King Institute of Preventive Medicine Micro-Biological Section reports 1912-19
Year: 1912
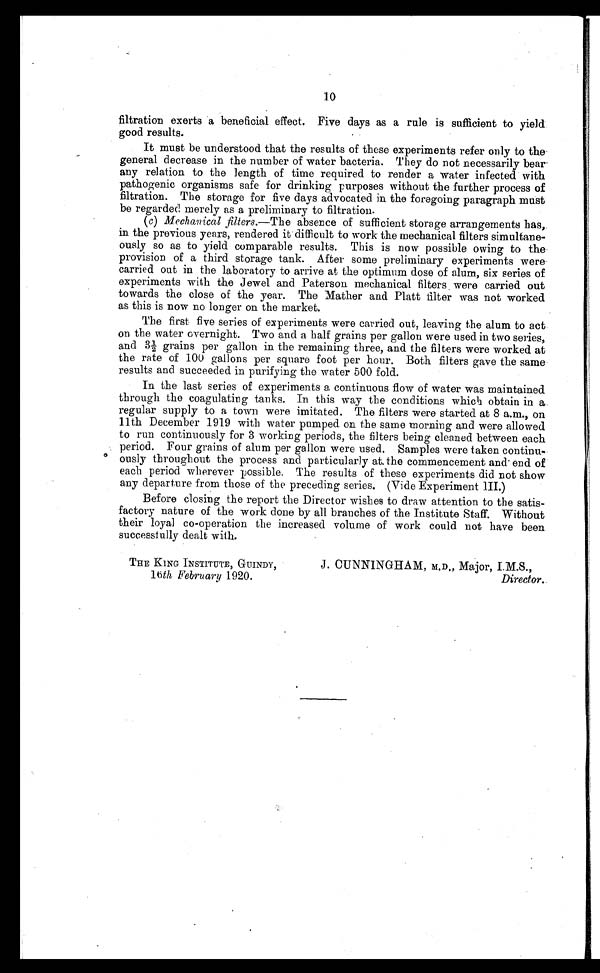
10
filtration exerts a beneficial effect. Five days as a rule is sufficient to yield
good results.
It must be understood that the results of these experiments refer only to the
general decrease in the number of water bacteria. They do not necessarily bear
any relation to the length of time required to render a water infected with
pathogenic organisms safe for drinking purposes without the further process of
filtration. The storage for five days advocated in the foregoing paragraph must
be regarded merely as a preliminary to filtration.
( c) Mechanical filters .—The absence of sufficient storage arrangements has,
in the previous years, rendered it difficult to work the mechanical filters simultane-
ously so as to yield comparable results. This is now possible owing to the
provision of a third storage tank. After some preliminary experiments were
carried out in the laboratory to arrive at the optimum dose of alum, six series of
experiments with the Jewel and Paterson mechanical filters were carried out
towards the close of the year. The Mather and Platt filter was not worked
as this is now no longer on the market.
The first five series of experiments were carried out, leaving the alum to act
o n
t h e w a t e r o v e r n i g h t . T w o a n d a h a l f g r a i n s p e r g a l l o n w e r e u s e d i n t w o s e r i e s ,
and 3½ grains per gallon in the remaining three, and the filters were worked at
the rate of 100 gallons per square foot per hour. Both filters gave the same
results and succeeded in purifying the water 500 fold.
In the last series of experiments a continuous flow of water was maintained
through the coagulating tanks. In this way the conditions which obtain in a.
regular supply to a town were imitated. The filters were started at 8 a.m., on
11th December 1919 with water pumped on the same morning and were allowed
to run continuously for 3 working periods, the filters being cleaned between each
period. Four grains of alum per gallon were used. Samples were taken continu
¬ o u s l y t h r o u g h o u t t h e p r o c e s s a n d p a r t i c u l a r l y a t t h e c o m m e n c e m e n t a n d e n d o f
each period wherever possible. The results of these experiments did not show
any departure from those of the preceding series. (Vide Experiment III.)
Before closing the report the Director wishes to draw attention to the satis-
factory nature of the work done by all branches of the Institute Staff. Without
their loyal co-operation the increased volume of work could not have been
successfully dealt with.
THE KING INSTITUTE, GUINDY,
16th February 1920.
J. CUNNINGHAM, M.D., Major,I.M.S.,
Director.